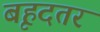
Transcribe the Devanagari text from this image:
बृहदतर